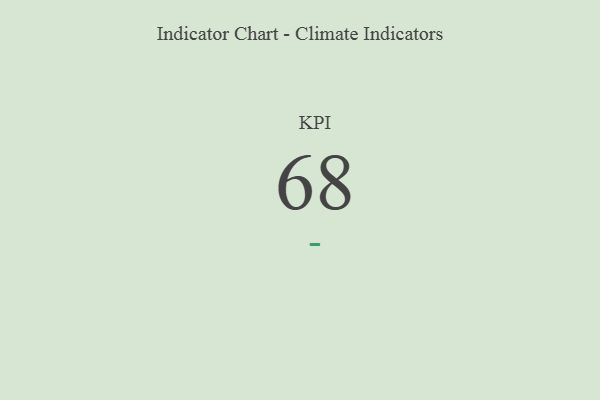
{"axis": {"x": "KPI", "y": "Value"}, "legend": [""], "data": [{"x": "KPI", "y": 68, "type": ""}]}